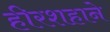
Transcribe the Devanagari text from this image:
हीरशहाने